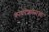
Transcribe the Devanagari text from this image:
कायदेशास्त्राच्या